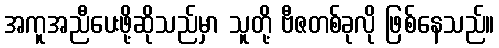
အကူအညီပေးဖို့ဆိုသည်မှာ သူတို့ ဗီဇတစ်ခုလို ဖြစ်နေသည်။